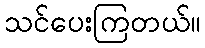
သင်ပေးကြတယ်။